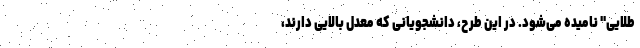
طلایی" نامیده می‌شود. در این طرح،‌ دانشجویانی که معدل بالایی دارند،